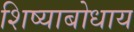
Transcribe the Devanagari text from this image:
शिष्याबोधाय